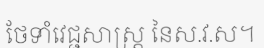
ថែទាំវេជ្ជសាស្ត្រ នៃស.វ.ស។